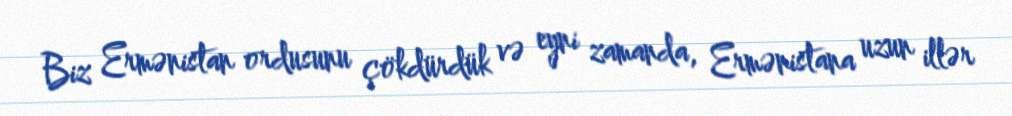
Biz Ermənistan ordusunu çökdürdük və eyni zamanda, Ermənistana uzun illər